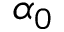
\alpha _ { 0 }